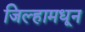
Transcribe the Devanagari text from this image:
जिल्हामधून